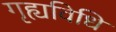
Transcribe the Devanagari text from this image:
गृह्यविधि